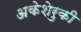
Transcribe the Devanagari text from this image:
अकेशेरुकी